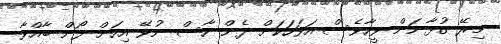
މިރޭ ގުޅާނަން ވީހާވެސް އަވަހަކަށް ދެން ހާސް ނުވޭ އިހަށް ފޯން ބާއްވާ